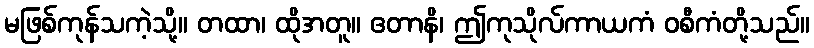
မဖြစ်ကုန်သကဲ့သို့။ တထာ၊ ထိုအတူ။ ဧတာနိ၊ ဤကုသိုလ်ကာယကံ ဝစီကံတို့သည်။